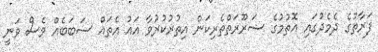
ފަރާތުގެ ދެމެދުގައި އޮތުމުގެ ޟަރޫރަތްތެރިކަން އިތުރުކުރުވާ އައު އެތައް ސަބަބެއް ވެސް ވަނީ